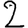
Digit: 2